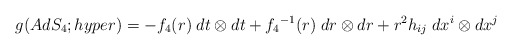
\begin{align*}g(AdS_4;hyper) = - {f_4}(r) \; dt \otimes dt + {f_4}^{-1}(r) \; dr \otimes dr + r^2h_{ij} \; dx^i \otimes dx^j\end{align*}